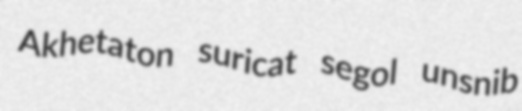
Akhetaton suricat segol unsnib